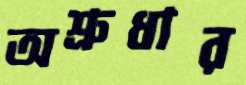
অশ্রুধার